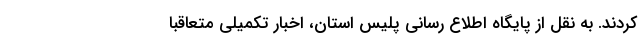
کردند. به نقل از پایگاه اطلاع رسانی پلیس استان، اخبار تکمیلی متعاقبا